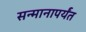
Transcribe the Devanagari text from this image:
सन्मानापर्यंत